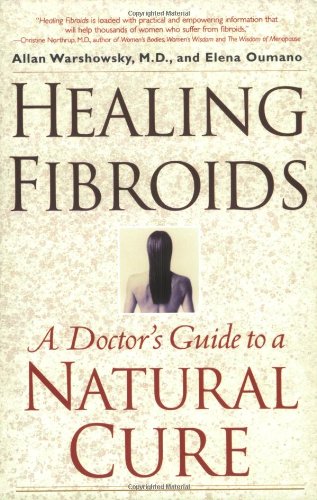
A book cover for Healing Fibroids: A Doctor's Guide to a Natural Cure; Allan Warshowsky; Health, Fitness & Dieting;